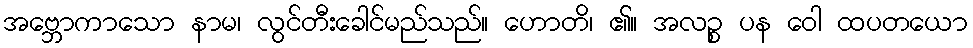
အဗ္ဘောကာသော နာမ၊ လွင်တီးခေါင်မည်သည်။ ဟောတိ၊ ၏။ အလဉ္စ ပန ဝေါ ထပတယော